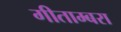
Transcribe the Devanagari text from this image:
गीताम्बरा